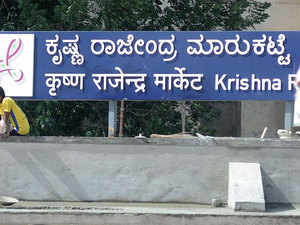
Language: kannada
Transcription: ರಾಜೇಂದ್ರ ಮಾರುಕಟ್ಟೆ ಕೃಷ್ಣ